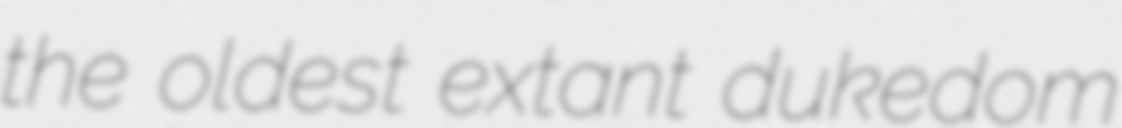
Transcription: the oldest extant dukedom